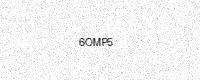
Text: 6OMP5